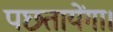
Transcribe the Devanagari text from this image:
पछ्तायेंगा।